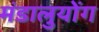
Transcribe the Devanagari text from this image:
मंडालुयोंग